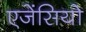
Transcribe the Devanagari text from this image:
एजेंसियो